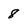
Character: 8